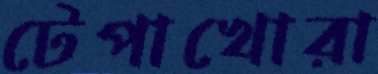
টেপাখোরা